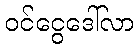
ဝင်ငွေဒေါ်လာ